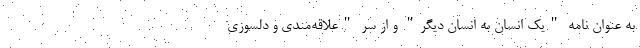
به عنوان نامه "یک انسان به انسان دیگر" و از سر "علاقه‌مندی و دلسوزی